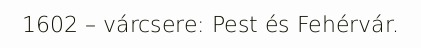
1602 – várcsere: Pest és Fehérvár.